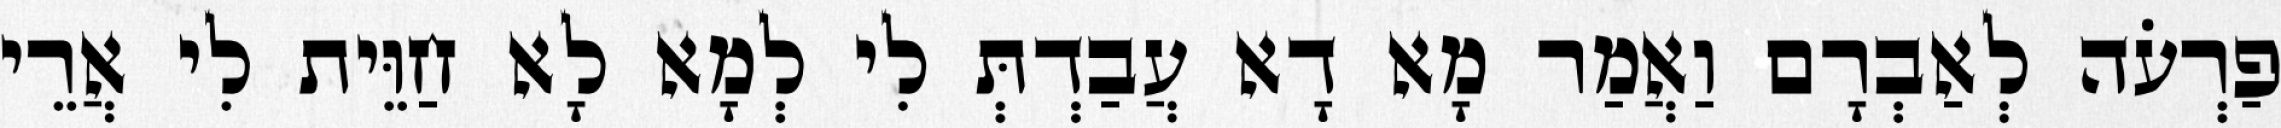
פַרְעֹה לְאַבְרָם וַאֲמַר מָא דָא עֲבַדְתְּ לִי לְמָא לָא חַוֵּית לִי אֲרֵי